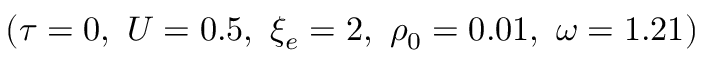
( \tau = 0 , ~ U = 0 . 5 , ~ \xi _ { e } = 2 , ~ \rho _ { 0 } = 0 . 0 1 , ~ \omega = 1 . 2 1 )